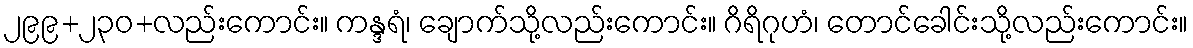
၂၉၉+၂၃၀+လည်းကောင်း။ ကန္ဒရံ၊ ချောက်သို့လည်းကောင်း။ ဂိရိဂုဟံ၊ တောင်ခေါင်းသို့လည်းကောင်း။